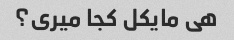
هی مایکل کجا میری؟